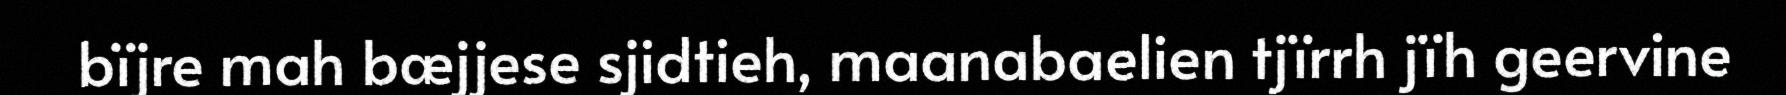
bïjre mah bæjjese sjidtieh, maanabaelien tjïrrh jïh geervine